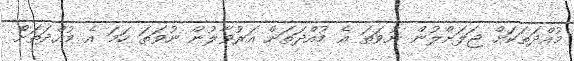
މުއްދަތަކަށް ޖަލަށްލުން ނުވަތަ އެ މުއްދަތަށް އަރުވާލުން ނުވަތަ ހަމަ އެ މުއްދަތަށް